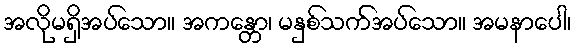
အလိုမရှိအပ်သော။ အကန္တော၊ မနှစ်သက်အပ်သော။ အမနာပေါ၊